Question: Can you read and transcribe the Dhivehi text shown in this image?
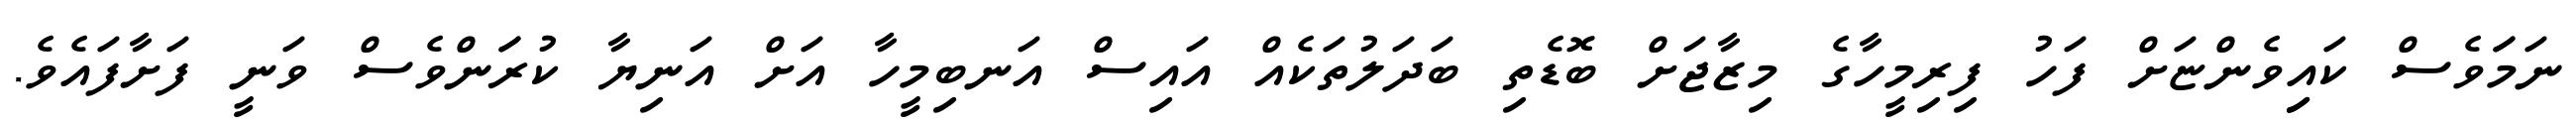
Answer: ނަމަަވެސް ކައިިވެންޏަށް ފަހު ފިރިމީހާގެ މިޒާޖަށް ބޮޑެތި ބަދަލުތަކެއް އައިސް އަނބިމީހާ އަށް އަނިޔާ ކުރަަންވެސް ވަނީ ފަށާފައެވެ.